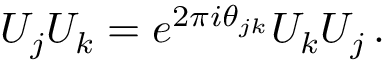
U _ { j } U _ { k } = e ^ { 2 \pi i \theta _ { j k } } U _ { k } U _ { j } \, .